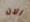
الان